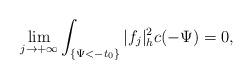
LaTeX: \begin{align*}\lim_{j\to+\infty}\int_{\{\Psi<-t_0\}}|f_j|^2_hc(-\Psi)=0,\end{align*}